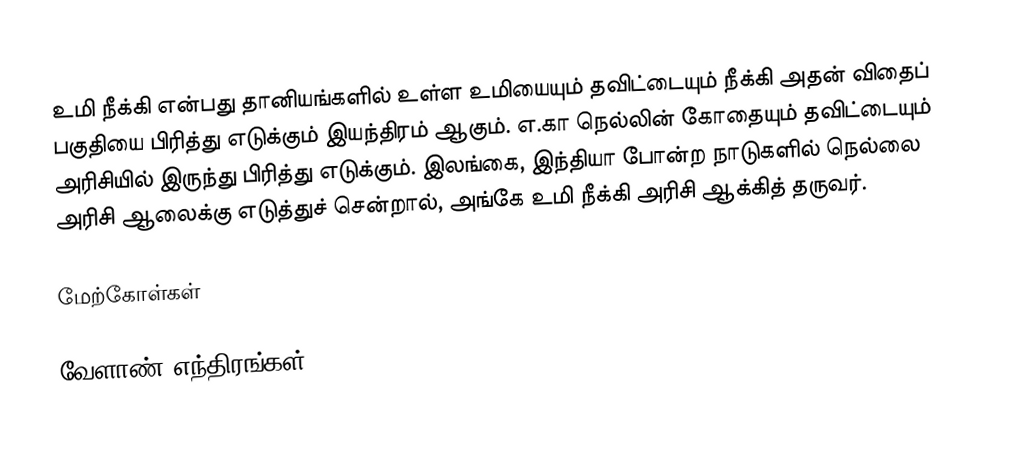
உமி நீக்கி என்பது தானியங்களில் உள்ள உமியையும் தவிட்டையும் நீக்கி அதன் விதைப் பகுதியை பிரித்து எடுக்கும் இயந்திரம் ஆகும். எ.கா நெல்லின் கோதையும் தவிட்டையும் அரிசியில் இருந்து பிரித்து எடுக்கும். இலங்கை, இந்தியா போன்ற நாடுகளில் நெல்லை அரிசி ஆலைக்கு எடுத்துச் சென்றால், அங்கே உமி நீக்கி அரிசி ஆக்கித் தருவர்.

மேற்கோள்கள்

வேளாண் எந்திரங்கள்